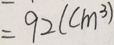
= 9 2 ( c m ^ { 3 } )